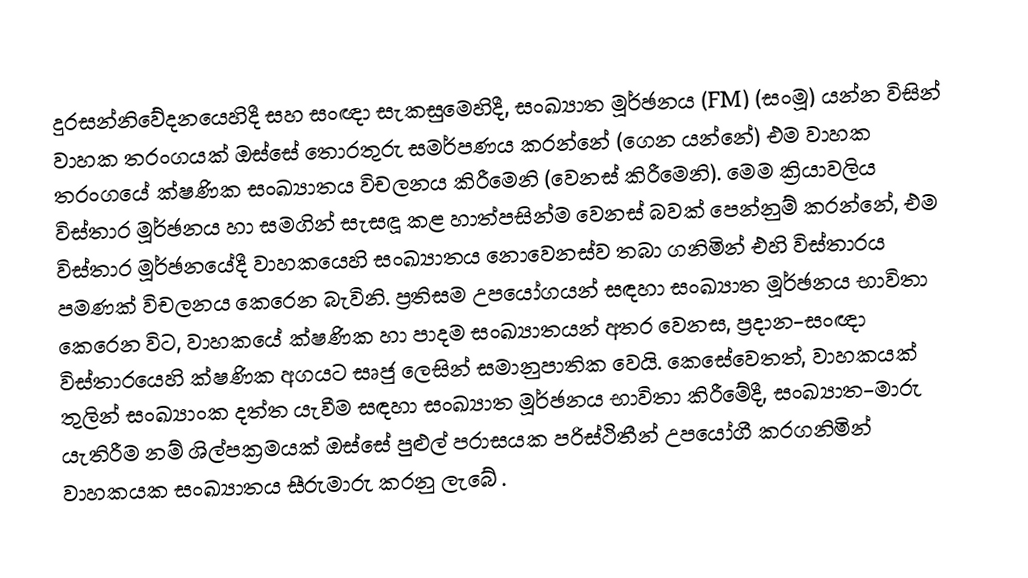
දුරසන්නිවේදනයෙහිදී සහ සංඥා සැකසුමෙහිදී, සංඛ්‍යාත මූර්ඡනය (FM) (සංමූ) යන්න විසින්  වාහක තරංගයක් ඔස්සේ තොරතුරු සමර්පණය කරන්නේ (ගෙන යන්නේ) එම වාහක තරංගයේ ක්ෂණික සංඛ්‍යාතය විචලනය කිරීමෙනි (වෙනස් කිරීමෙනි). මෙම ක්‍රියාවලිය විස්තාර මූර්ඡනය හා සමගින් සැසඳූ කළ හාත්පසින්ම වෙනස් බවක් පෙන්නුම් කරන්නේ,  එම විස්තාර මූර්ඡනයේදී වාහකයෙහි සංඛ්‍යාතය නොවෙනස්ව තබා ගනිමින් එහි   විස්තාරය පමණක් විචලනය කෙරෙන බැවිනි. ප්‍රතිසම උපයෝගයන් සඳහා සංඛ්‍යාත මූර්ඡනය භාවිතා කෙරෙන විට, වාහකයේ ක්ෂණික හා පාදම  සංඛ්‍යාතයන් අතර වෙනස, ප්‍රදාන-සංඥා විස්තාරයෙහි ක්ෂණික අගයට සෘජු ලෙසින් සමානුපාතික වෙයි. කෙසේවෙතත්, වාහකයක් තුලින් සංඛ්‍යාංක දත්ත  යැවීම සඳහා සංඛ්‍යාත මූර්ඡනය භාවිතා කිරීමේදී, සංඛ්‍යාත-මාරු යැතිරීම නම් ශිල්පක්‍රමයක් ඔස්සේ පුළුල් පරාසයක පරිස්ථිතීන් උපයෝගී කරගනිමින් වාහකයක සංඛ්‍යාතය සීරුමාරු කරනු ලැබේ .